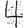
Digit: 4